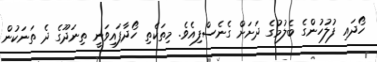
ހޯދައި ފުލުހުންގެ ބެލުމުގެ ދަށަށް ގެނެސްފިއެވެ. މިތަކެތި ހޯދާފައިވަނީ ތިނަދޫގެ ދެ ތަނަކުން